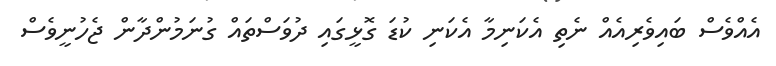
އެއްވެސް ބައިވެރިއެއް ނެތި އެކަނިމާ އެކަނި ކުޑަ ގޮޅީގައި ދުވަސްތައް ގުނަމުންދާން ޖެހުނީވެސް